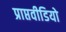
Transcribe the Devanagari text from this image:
प्राप्तवीडियो